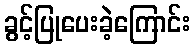
ခွင့်ပြုပေးခဲ့ကြောင်း